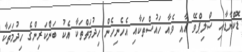
ޑޮކްޔާޑާއި ސްލިޕްވޭ އާއި ވެއާ ހައުސްތަކާއި އެހެނިހެން ހިދުމަތްތަކާ އެކު ބަންކަރިންގެ ހިދުމަތަކާ